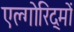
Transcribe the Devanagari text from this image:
एल्गोरिद्मों